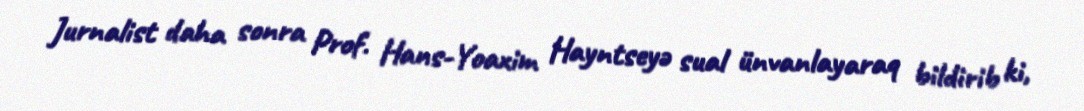
Jurnalist daha sonra Prof. Hans-Yoaxim Hayntseyə sual ünvanlayaraq bildirib ki,